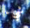
شيء